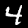
Digit: 4